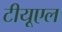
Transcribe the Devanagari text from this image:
टीयूएल